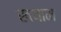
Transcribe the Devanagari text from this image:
खयाम